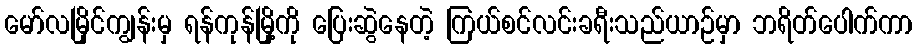
မော်လမြိုင်ကျွန်းမှ ရန်ကုန်မြို့ကို ပြေးဆွဲနေတဲ့ ကြယ်စင်လင်းခရီးသည်ယာဉ်မှာ ဘရိတ်ပေါက်ကာ